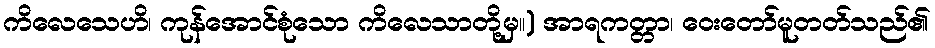
ကိလေသေဟိ၊ ကုန်အောင်စုံသော ကိလေသာတို့မှ။) အာရကတ္တာ၊ ဝေးတော်မူတတ်သည်၏